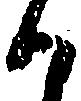
か